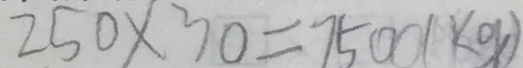
2 5 0 \times 3 0 = 7 5 0 0 ( k g )